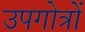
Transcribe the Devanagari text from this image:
उपगोत्रों